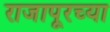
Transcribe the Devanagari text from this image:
राजापूरच्या